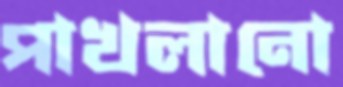
পাখলানো